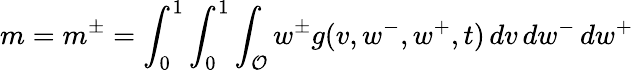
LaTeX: m=m^{\pm}=\int_{0}^{1}\int_{0}^{1}\int_{\mathcal{O}}w^{\pm}g(v,w^{-},w^{+},t)\, dv\, dw^{-}\, dw^{+}